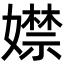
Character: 𡢾